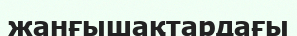
жанғышақтардағы